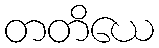
တတိယေ